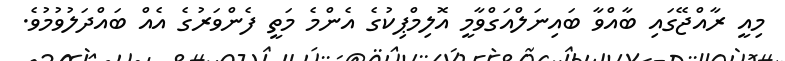
މިއީ ރާއްޖޭގައި ބާއްވާ ބައިނަލްއަގްވާމީ އޮލިމްޕިކުގެ އެންމެ މަތީ ފެންވަރުގެ އެއް ބައްދަލުވުމުވެ.